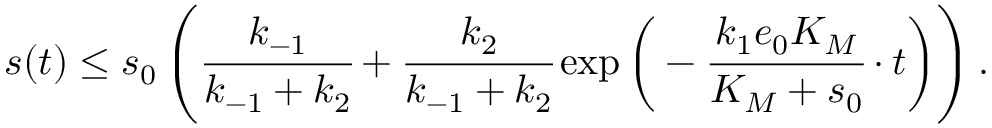
s ( t ) \leq s _ { 0 } \left( \cfrac { k _ { - 1 } } { k _ { - 1 } + k _ { 2 } } + \cfrac { k _ { 2 } } { k _ { - 1 } + k _ { 2 } } \exp \bigg ( - \cfrac { k _ { 1 } e _ { 0 } K _ { M } } { K _ { M } + s _ { 0 } } \cdot t \bigg ) \right) .